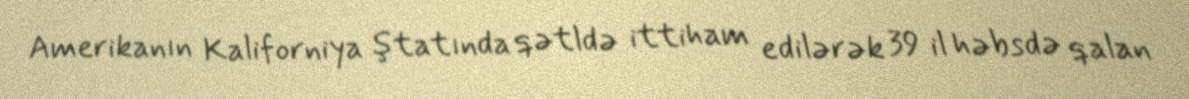
Amerikanın Kaliforniya ştatında qətldə ittiham edilərək 39 il həbsdə qalan